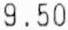
9.50